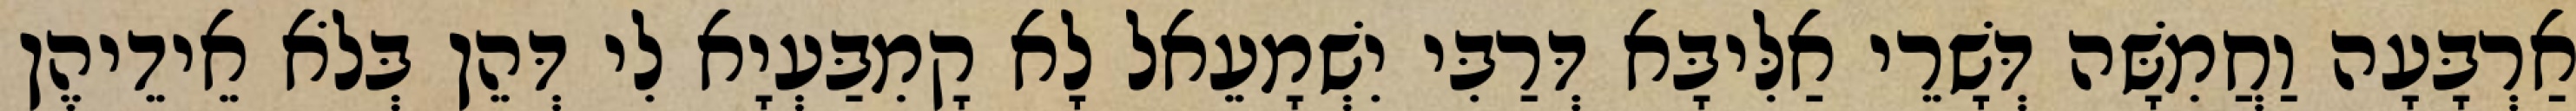
אַרְבָּעָה וַחֲמִשָּׁה דְּשָׁרֵי אַלִּיבָּא דְּרַבִּי יִשְׁמָעֵאל לָא קָמִבַּעְיָא לִי דְּהֵן בְּלֹא אֵידֵיהֶן